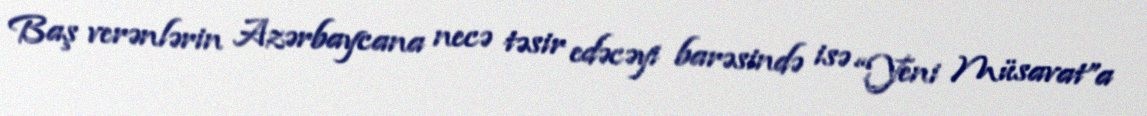
Baş verənlərin Azərbaycana necə təsir edəcəyi barəsində isə “Yeni Müsavat”a